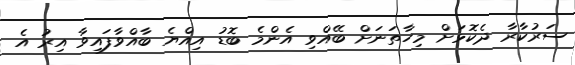
ސަރުކާރާ ދެކޮޅަށް މިހާތަނަށް ބޭއްވި އެންމެ ބޮޑު އިއްޔެ ބާއްވާފައިވާ އިރު އެ